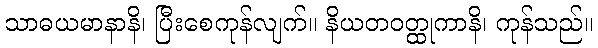
သာဓယမာနာနိ၊ ပြီးစေကုန်လျက်။ နိယတဝတ္ထုကာနိ၊ ကုန်သည်။